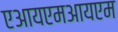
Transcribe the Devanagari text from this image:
एआयएमआयएम